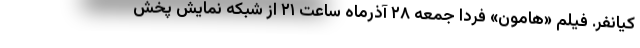
کیانفر. فیلم «هامون» فردا جمعه ۲۸ آذرماه ساعت ۲۱ از شبکه نمایش پخش